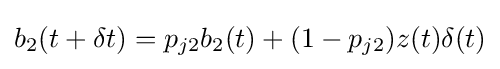
b_{2}(t+\delta t)=p_{j2}b_{2}(t)+(1-p_{j2})z(t)\delta (t)